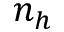
n _ { h }